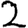
Digit: 2